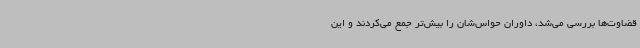
قضاوت‌ها بررسی می‌شد، داوران حواس‌شان را بیش‌تر جمع می‌کردند و این